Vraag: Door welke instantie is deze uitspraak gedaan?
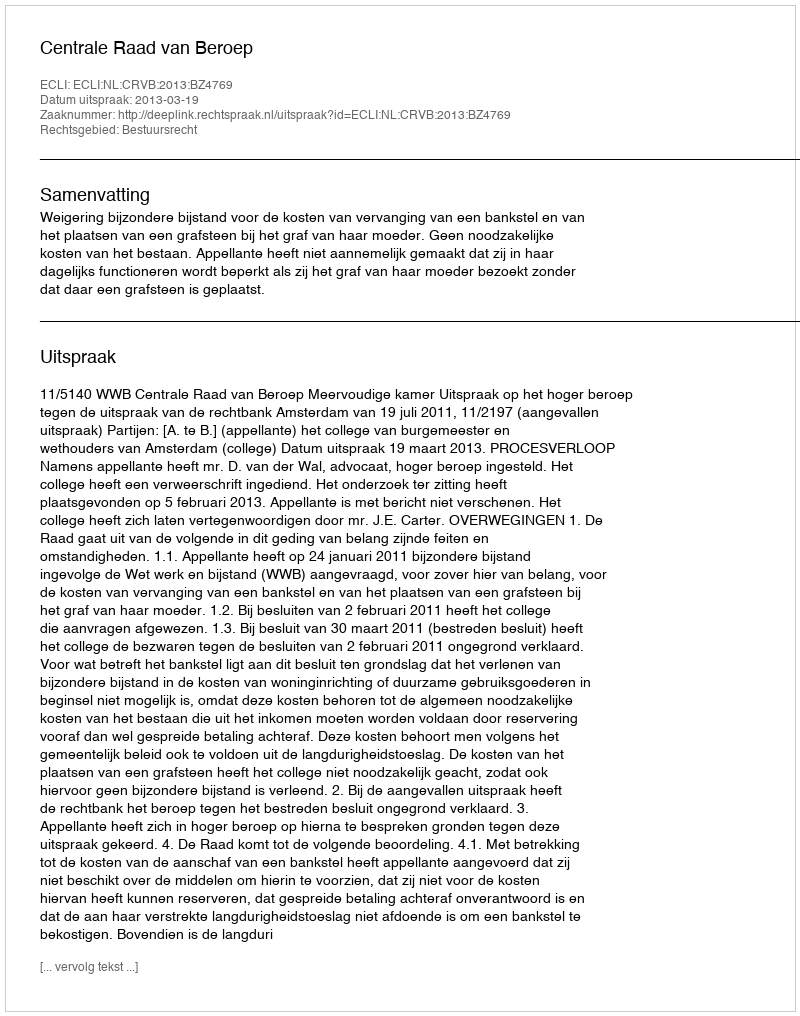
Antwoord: Centrale Raad van Beroep